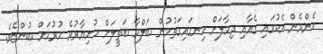
އެންމެން އެކުގައި ގެއާއި ދިމާލަށް ހިނގައިގަތުމުން ބަލްމާ ބަތީލަށް ހުށިޔާރުވެ ހުރުމަށް ބުންޏެވެ.